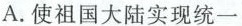
A.使祖国大陆实现统一